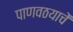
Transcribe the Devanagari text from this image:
पाणवठयाचें